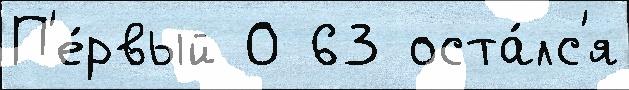
П'е́рвый 0 63 оста́лс'я